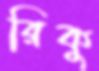
রিকু